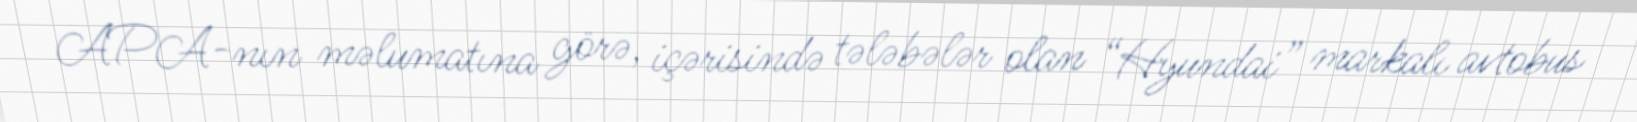
APA-nın məlumatına görə, içərisində tələbələr olan “Hyundai” markalı avtobus